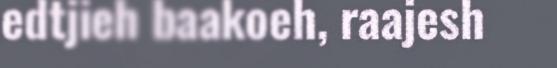
edtjieh baakoeh, raajesh